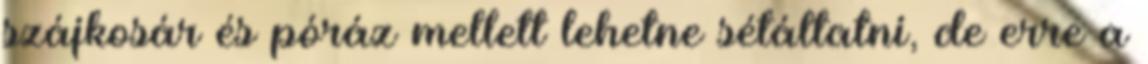
szájkosár és póráz mellett lehetne sétáltatni, de erre a